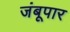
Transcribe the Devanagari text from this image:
जंबूपार